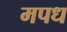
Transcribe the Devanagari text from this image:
मपध